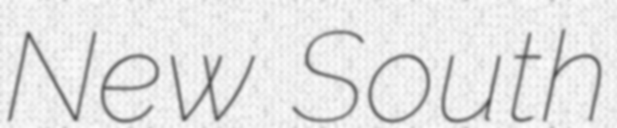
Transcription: New South